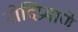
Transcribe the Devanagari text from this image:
नोदिंप्रमाणे